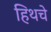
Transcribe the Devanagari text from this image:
हिथचे